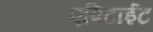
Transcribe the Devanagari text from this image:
एपिटाईट